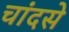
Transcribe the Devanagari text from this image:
चांदसे